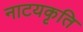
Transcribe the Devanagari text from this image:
नाटयकृति